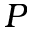
P